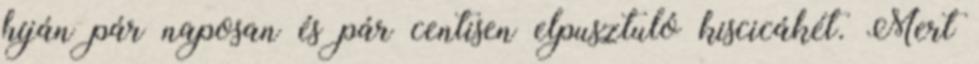
híján pár naposan és pár centisen elpusztuló kiscicákét. Mert